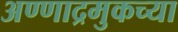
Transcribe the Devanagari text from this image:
अण्णाद्रमुकच्या